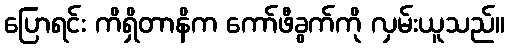
ပြောရင်း ကိရှိတာနိက ကော်ဖီခွက်ကို လှမ်းယူသည်။